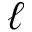
\ell